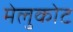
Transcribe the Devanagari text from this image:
मेलुकोट